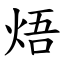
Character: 焐